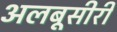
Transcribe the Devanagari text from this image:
अलबूसीरी